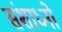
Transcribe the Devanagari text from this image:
संशाध्नो